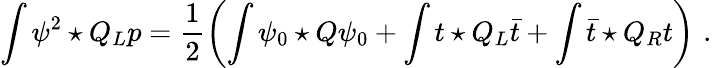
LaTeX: \int\psi^{2}\star Q_{L}p=\frac{1}{2}\left(\int\psi_{0}\star Q\psi_{0}+\int t\star Q_{L}\bar{t}+\int\bar{t}\star Q_{R}t\right)\, \, .